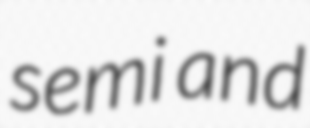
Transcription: semi and